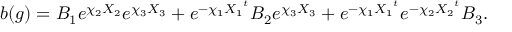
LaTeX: b ( g ) = B _ { 1 } e ^ { \chi _ { 2 } { \cal X } _ { 2 } } e ^ { \chi _ { 3 } { \cal X } _ { 3 } } + e ^ { - \chi _ { 1 } { { \cal X } _ { 1 } } ^ { t } } B _ { 2 } e ^ { \chi _ { 3 } { \cal X } _ { 3 } } + e ^ { - \chi _ { 1 } { { \cal X } _ { 1 } } ^ { t } } e ^ { - \chi _ { 2 } { { \cal X } _ { 2 } } ^ { t } } B _ { 3 } .